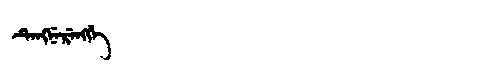
Manchu: ᡨᡝᠩᠨᡝᡵᡝᠩᡤᡝ
Romanization: TENGNERENGGE